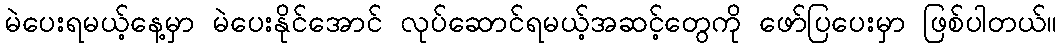
မဲပေးရမယ့်နေ့မှာ မဲပေးနိုင်အောင် လုပ်ဆောင်ရမယ့်အဆင့်တွေကို ဖော်ပြပေးမှာ ဖြစ်ပါတယ်။